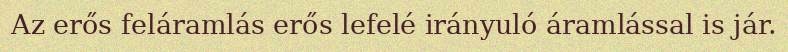
Az erős feláramlás erős lefelé irányuló áramlással is jár.